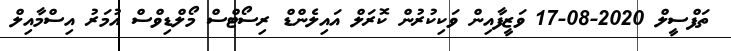
ތަފްސީލް 2020-08-17 ވަޒީފާއިން ވަކިކުރުން ކޮރަލް އައިލެންޑް ރިސޯޓްސް މޯލްޑިވްސް އުމަރު އިސްމާއިލް